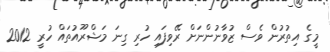
މީގެ އިތުރުން ވެސް ޒުވާނުންނަށް ރޭވިފައި ހުރި ގިނަ މަޝްރޫއުތައް ހުރީ 2012